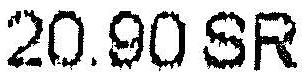
20.90 SR